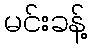
မင်းခန့်